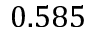
0 . 5 8 5